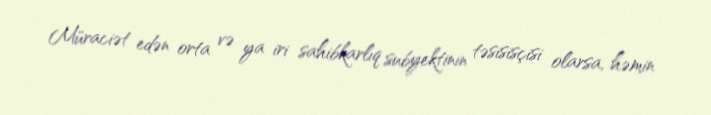
Müraciət edən orta və ya iri sahibkarlıq subyektinin təsisisçisi olarsa, həmin